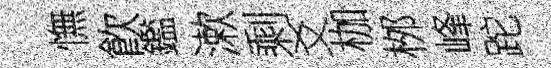
憮飮鑑漱剩爻枷桞峰跎